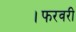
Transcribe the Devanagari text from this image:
।फरवरी